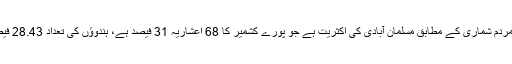
مقبوضہ جموں و کشمیر میں 2011 کی مردم شماری کے مطابق مسلمان آبادی کی اکثریت ہے جو پورے کشمیر کا 68 اعشاریہ 31 فیصد ہے، ہندوؤں کی تعداد 28.43 فیصد جبکہ دیگر کی تعداد 12.5 فیصد ہے۔